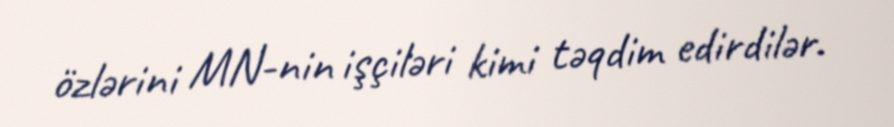
özlərini MN-nin işçiləri kimi təqdim edirdilər.